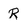
Character: R